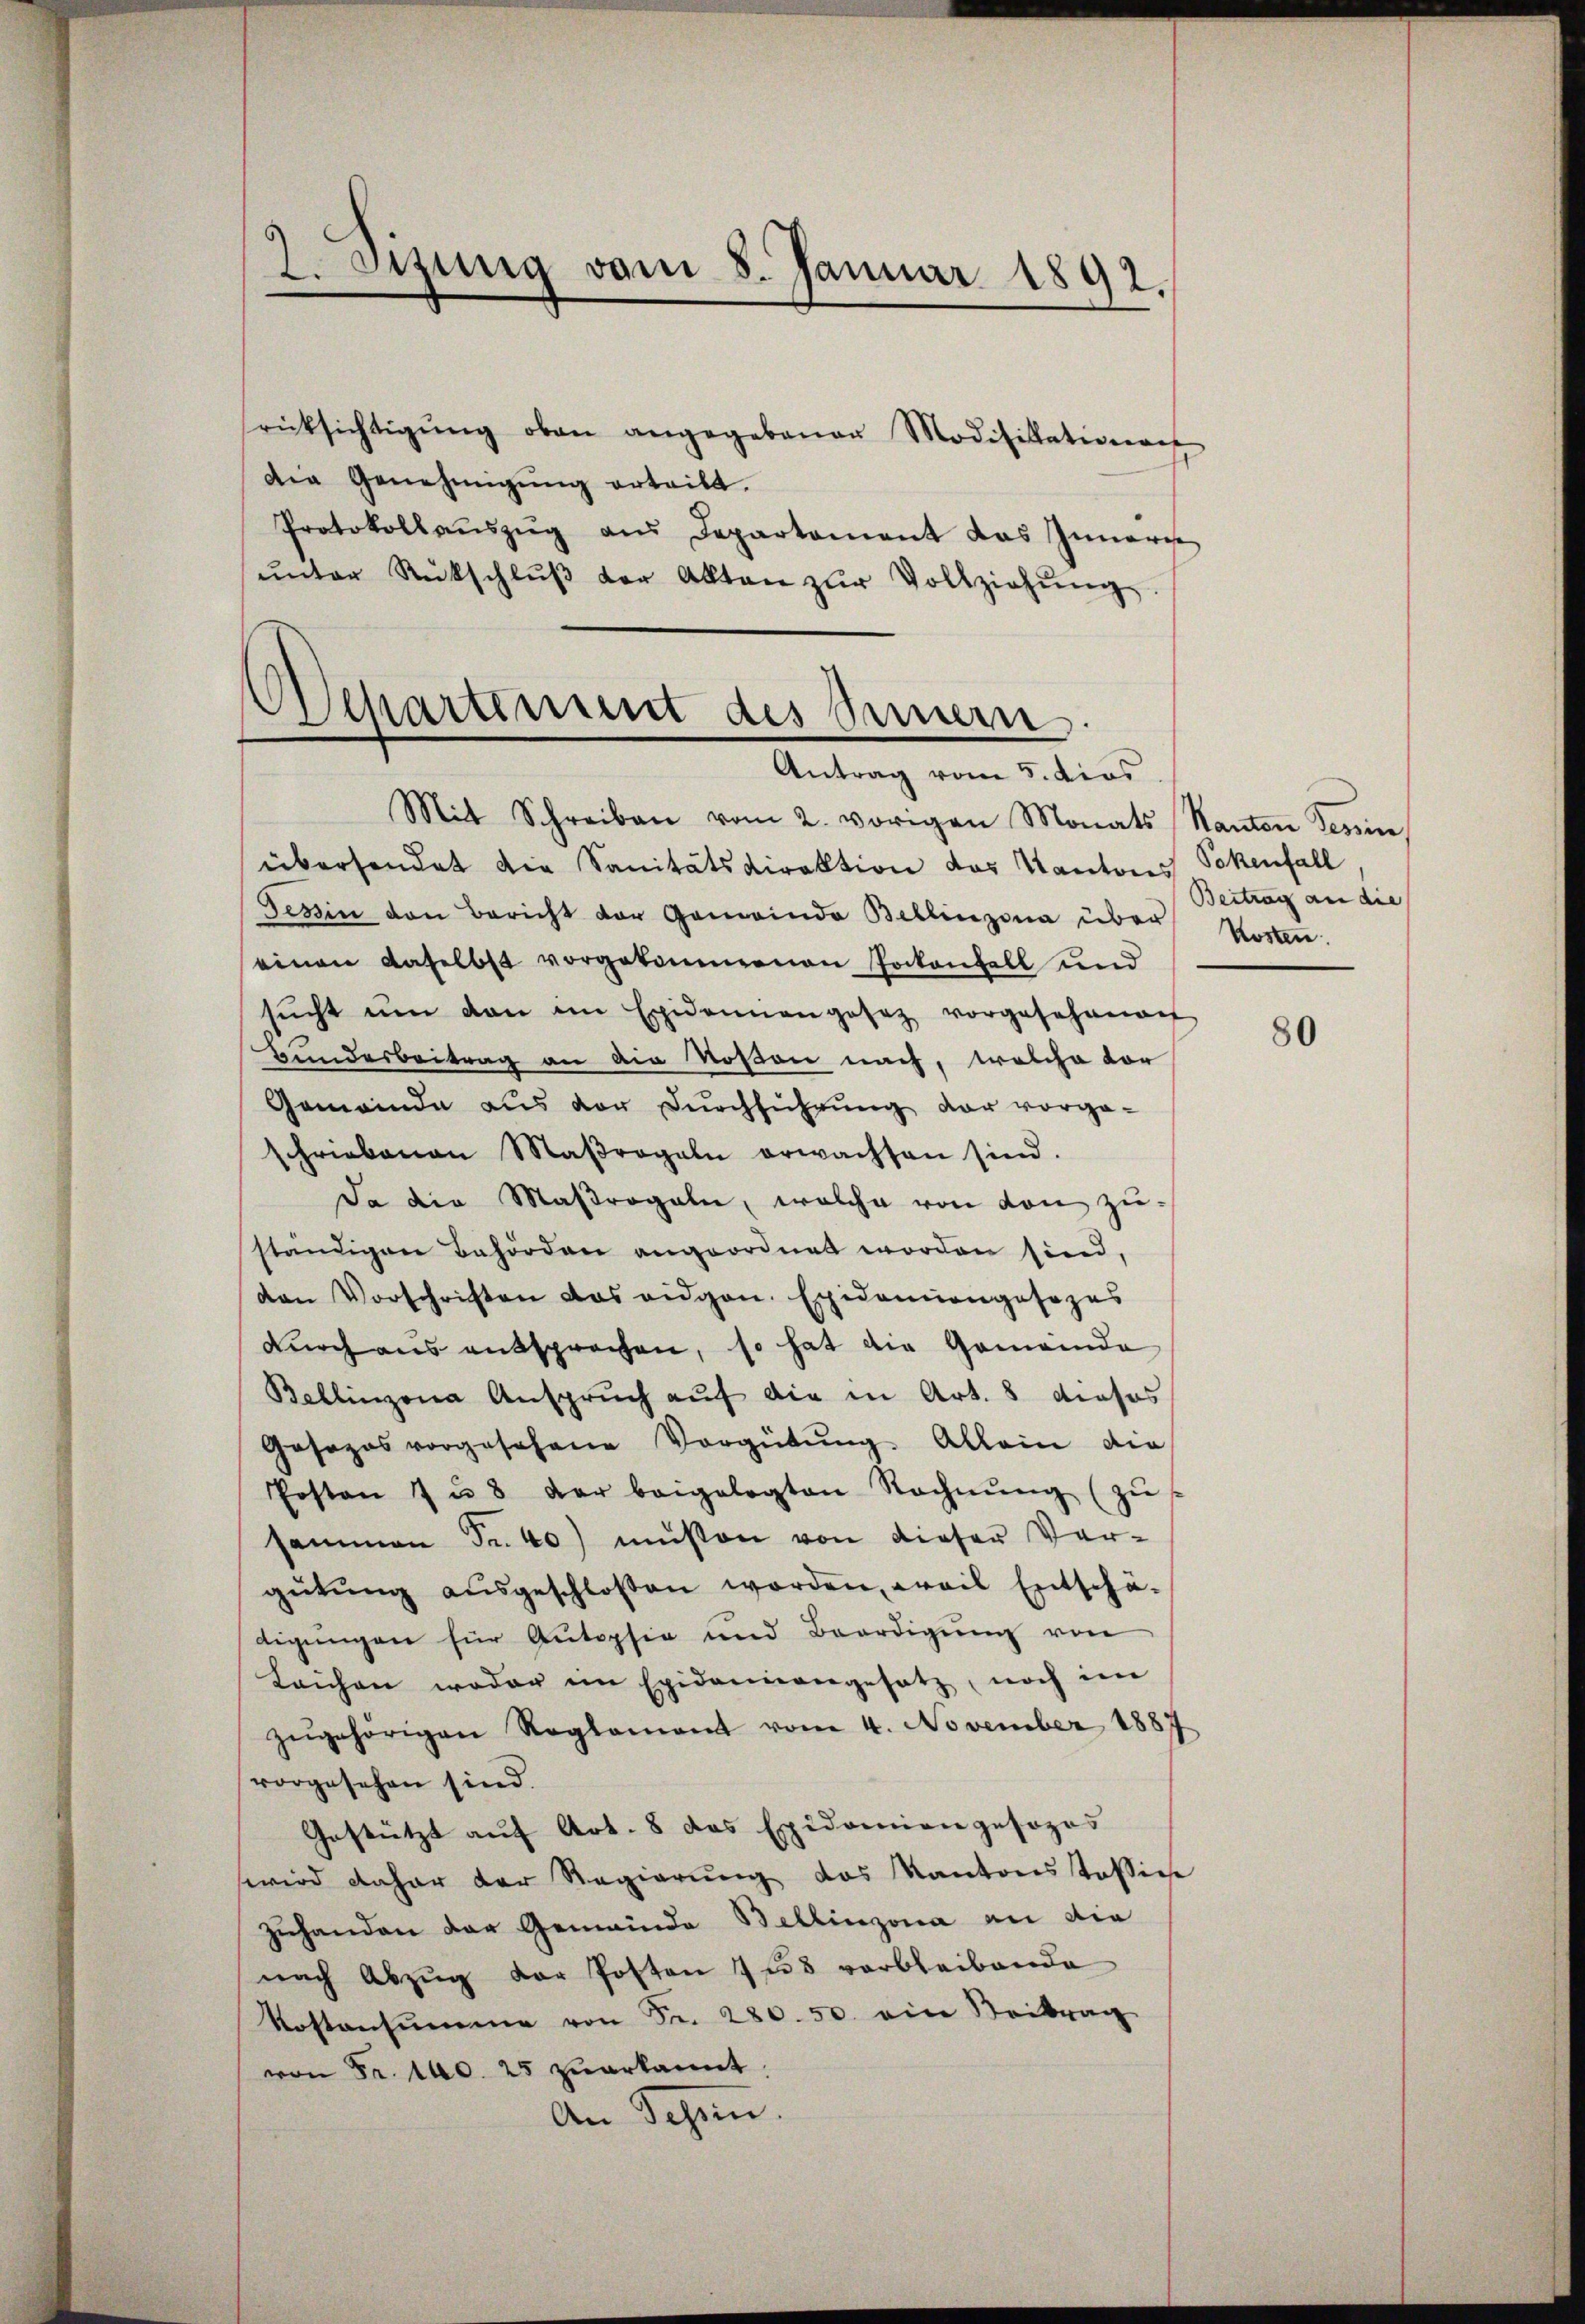
rücksichtigŭng oben angegebenen Modifikationen
die Genehmigŭng erteilt.
Protokollaŭszŭg aŭs Departament das Inneres
ŭnter Rückschlŭβ der Akten zŭr Vollziehŭng.

2. Sizung vom 8. Januar 1892.

Sipartiment des Sinnern.
Antrag vom 5. dies

Mit Schreiben vom 2. vorigen Monats Kanton Tessin,
übersendet die Sanitätsdirektion das Kantons Sokenfall
Gessin den Bericht der Gemeinde Bellinzona über Kosten.
einen daselbst vorgekommenen Pockenzell und
sŭcht ŭm dan im Epidemangesetz vorgesehenen
Bundesbeitrag an die Rosen nach, welche vor
Gemeinde aŭs der Dŭrchführŭng vor vorga-
schriebenen Maβrogaln erwachsen sind.
Da die Maßregeln, welche von von zuständigen Behörden angeordnet worden sind,
den Vorschriften das eidgen. Epidemangesezes
dŭrch aus entsprochen, so hat die Gemeinda
Bellinzona Anspruch auf die in Art. 8 dieses
Gosozos vorgesehene Vergütŭng. Allein die
Posten 7 u. 8 der beigelegten Rechnŭng (zŭ
sammen Fr. 40) müssen von dieser Ver-
gütŭng aŭsgeschlossen worden, weil Entschä-
digŭngen für Autopsie und Beerdigŭng von
Laichen weder im Epidemangesetz, noch im
zŭgehörigen Reglement vom 4. November 1887
vorgesehen sind.
Gestützt auf Art. 8 das Epidemien gesozes
wird daher der Regierŭng des Kantonsstossin
zuhanden der Gemeinde Bellinzona an die
nach Abzŭg der Posten zŭ verbleibende
Kostensŭmme von Fr. 280. 50. ein Beitrag
von Fr. 140. 25 zŭerkannt.
An Schnen.

Beitrag an die

80